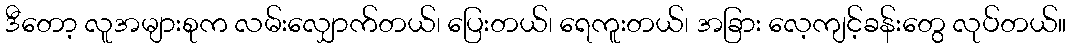
ဒီတော့ လူအများစုက လမ်းလျှောက်တယ်၊ ပြေးတယ်၊ ရေကူးတယ်၊ အခြား လေ့ကျင့်ခန်းတွေ လုပ်တယ်။